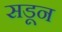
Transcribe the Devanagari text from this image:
सडून